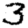
Digit: 3